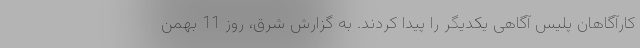
کارآگاهان پلیس آگاهی یکدیگر را پیدا کردند. به گزارش شرق، روز 11 بهمن